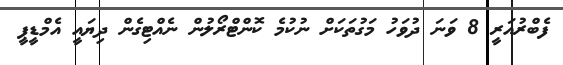
ފެބްރުއަރީ 8 ވަނަ ދުވަހު މަގުތަކަށް ނުކުމެ ކޮންޓްރޯލުން ނެއްޓިގެން ދިޔައީ އެމްޑީޕީ